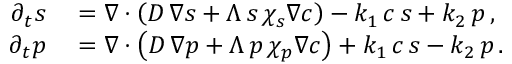
\begin{array} { r l } { \partial _ { t } s } & { { } = \boldsymbol \nabla \cdot \left( D \, \boldsymbol \nabla s + \Lambda \, s \, \chi _ { s } \boldsymbol \nabla c \right) - k _ { 1 } \, c \, s + k _ { 2 } \, p \, , } \\ { \partial _ { t } p } & { { } = \boldsymbol \nabla \cdot \left( D \, \boldsymbol \nabla p + \Lambda \, p \, \chi _ { p } \boldsymbol \nabla c \right) + k _ { 1 } \, c \, s - k _ { 2 } \, p \, . } \end{array}